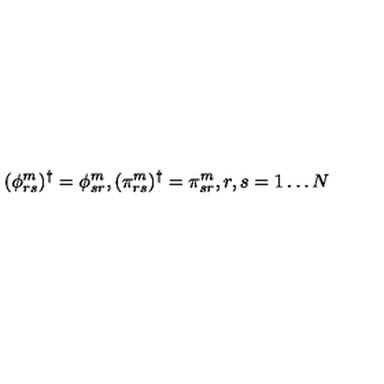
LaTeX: ( \phi _ { r s } ^ { m } ) ^ { \dagger } = \phi _ { s r } ^ { m } , ( \pi _ { r s } ^ { m } ) ^ { \dagger } = \pi _ { s r } ^ { m } , r , s = 1 \ldots N